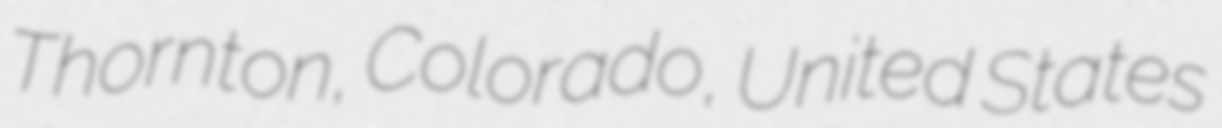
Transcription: Thornton, Colorado, United States